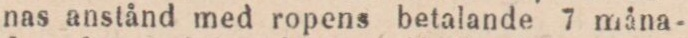
nas anstånd med ropens betalande 7 måna-